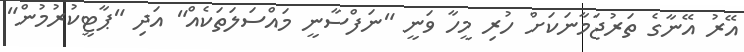
އޭރު އޭނާގެ ތަރުޖަމާނަކަށް ހުރި މީހާ ވަނީ "ނަފްސާނީ މައްސަލަތަކެއް" އަދި "ޕާޓީކުރުމުން"